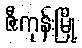
ဇီးကုန်းမြို့